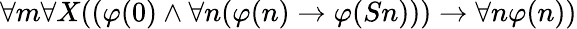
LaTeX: \forall m\forall X((\varphi(0)\land\forall n(\varphi(n)\rightarrow\varphi(Sn)))\rightarrow\forall n\varphi(n))